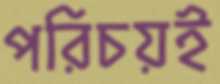
পরিচয়ই